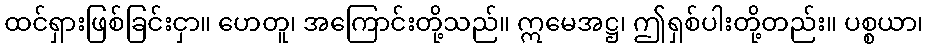
ထင်ရှားဖြစ်ခြင်းငှာ။ ဟေတူ၊ အကြောင်းတို့သည်။ ဣမေအဋ္ဌ၊ ဤရှစ်ပါးတို့တည်း။ ပစ္စယာ၊